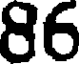
86